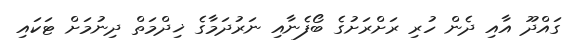
ގައްދޫ އާއި ދެން ހުރި ރަށްރަށުގެ ބޯފެނާއި ނަރުދަމާގެ ޚިދްމަތް ދިނުމަށް ޓަކައި